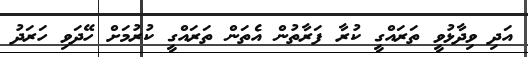
އަދި ވިދާޅުވީ ތަރައްގީ ކުރާ ފަރާތުން އެތަން ތަރައްގީ ކުރުމަށް ހޭދަވި ހަރަދު